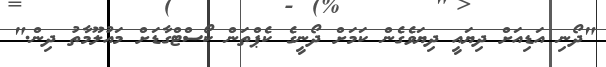
"ދޯނި އަޑިއަށް ދިޔައީ ދިޔަވެގެން ކަމަށް ދޯނީގެ ކެޕްތަން ކޯސްޓްގާޑަށް މައުލޫމާތު ދިން."